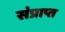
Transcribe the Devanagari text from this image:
संप्राप्त